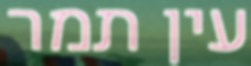
עין תמר